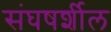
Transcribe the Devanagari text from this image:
संघषर्शील